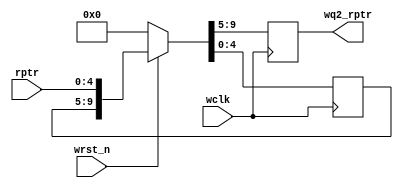


module sync_r2w #(parameter ASIZE = 4)
 (output reg [ASIZE:0] wq2_rptr,
 input [ASIZE:0] rptr,
 input wclk, wrst_n);
 reg [ASIZE:0] wq1_rptr;
 always @(posedge wclk)
 if (!wrst_n) {wq2_rptr,wq1_rptr} <= 0;
 else {wq2_rptr,wq1_rptr} <= {wq1_rptr,rptr};
endmodule